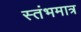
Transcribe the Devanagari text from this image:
स्तंभमात्र